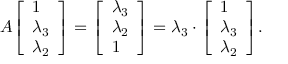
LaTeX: A { \left[ \begin{array} { l } { 1 } \\ { \lambda _ { 3 } } \\ { \lambda _ { 2 } } \end{array} \right] } = { \left[ \begin{array} { l } { \lambda _ { 3 } } \\ { \lambda _ { 2 } } \\ { 1 } \end{array} \right] } = \lambda _ { 3 } \cdot { \left[ \begin{array} { l } { 1 } \\ { \lambda _ { 3 } } \\ { \lambda _ { 2 } } \end{array} \right] } .